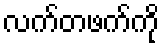
လက်တဖက်ကို